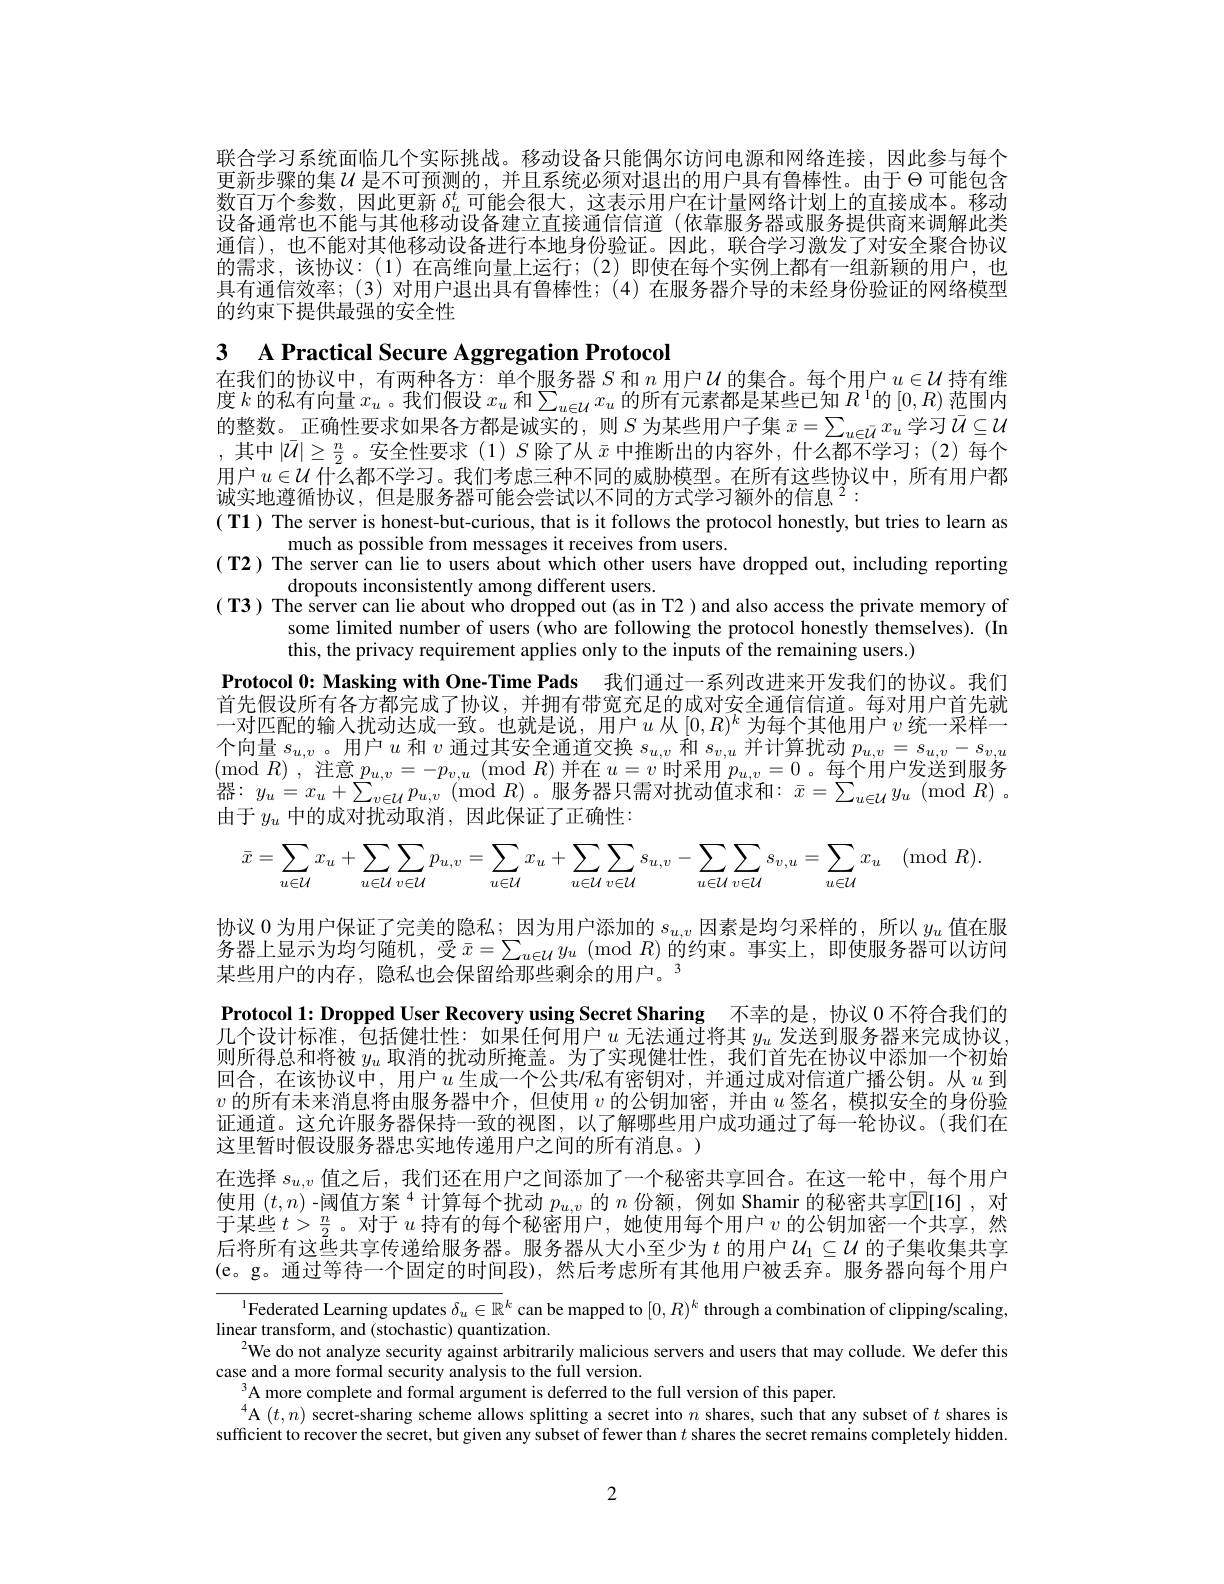
联合学习系统面临几个实际挑战。移动设备只能偶尔访问电源和网络连接，因此参与每个更新步骤的集$\mathcal{U}$是不可预测的，并且系统必须对退出的用户具有鲁棒性。由于$\Theta$可能包含数百万个参数，因此更新$\delta_u^t$可能会很大，这表示用户在计量网络计划上的直接成本。移动设备通常也不能与其他移动设备建立直接通信信道 (依靠服务器或服务提供商来调解此类通信),也不能对其他移动设备进行本地身份验证。因此，联合学习激发了对安全聚合协议的需求，该协议：(1)在高维向量上运行；(2)即使在每个实例上都有一组新颖的用户，也具有通信效率；(3)对用户退出具有鲁棒性；(4)在服务器介导的未经身份验证的网络模型的约束下提供最强的安全性

3 A Practical Secure Aggregation Protocol
在我们的协议中，有两种各方：单个服务器$S$和$n$用户$\mathcal{U}$的集合。每个用户$u\in\mathcal{U}$持有维

度 $k$ 的私有向量 $x_u$ 。我们假设 $x_u$ 和$\sum_u\in\mathcal{U}x_u$ 的所有元素都是某些已知 $R^1$的$\left[0,R\right)$范围内的整数。正确性要求如果各方都是诚实的，则$S$ 为某些用户子集 $\bar{x}=\sum_u\in\bar{\mathcal{U}}x_u$ 学习$\bar{\mathcal{U}}\subseteq\mathcal{U}$ ,其中$|\bar{\mathcal{U}}|\geq\frac n2$ 。安全性要求 (1)$S$除了从$\bar{x}$中推断出的内容外，什么都不学习；(2)每个用户$u\in\mathcal{U}$ 什么都不学习。我们考虑三种不同的威胁模型。在所有这些协议中，所有用户都诚实地遵循协议，但是服务器可能会尝试以不同的方式学习额外的信息$^2:$
( T1) The server is honest-but-curious, that is it follows the protocol honestly, but tries to learn as
much as possible from messages it receives from users.
$( \textbf{T2) The server can lie to users about which other users have dropped out, including reporting}$
dropouts inconsistently among different users.
( T3) The server can lie about who dropped out (as in T2 ) and also access the private memory of
some limited number of users (who are following the protocol honestly themselves). (In
this, the privacy requirement applies only to the inputs of the remaining users.)
Protocol 0: Masking with One-Time Pads 我们通过一系列改进来开发我们的协议。我们首先假设所有各方都完成了协议，并拥有带宽充足的成对安全通信信道。每对用户首先就一对匹配的输入扰动达成一致。也就是说，用户$u$ 从$[0,R)^k$ 为每个其他用户 $v$ 统一采样一个向量$s_u,v$。用户$u$和$v$通过其安全通道交换$s_u,v$和$s_v,u$并计算扰动$p_u,v=s_u,v-s_{v,u}$ (mod $R)$ , 注 意 $p_{u, v}= - p_{v, u}$ (mod $R)$并在$u=v$时采用$p_u,v=0$。每个用户发送到服务器：$y_u=x_u+\sum_{v\in\mathcal{U}}p_{u,v}\left(\mathrm{mod~}R\right)$。服务器只需对扰动值求和$:\bar{x}=\sum_{u\in\mathcal{U}}y_u\pmod{R}.$ 由于$y_u$中的成对扰动取消，因此保证了正确性：
$$\bar{x}=\sum_{u\in\mathcal{U}}x_u+\sum_{u\in\mathcal{U}}\sum_{v\in\mathcal{U}}p_{u,v}=\sum_{u\in\mathcal{U}}x_u+\sum_{u\in\mathcal{U}}\sum_{v\in\mathcal{U}}s_{u,v}-\sum_{u\in\mathcal{U}}\sum_{v\in\mathcal{U}}s_{v,u}=\sum_{u\in\mathcal{U}}x_u\pmod{R}.$$
协议0为用户保证了完美的隐私；因为用户添加的$s_u,v$因素是均匀采样的，所以$y_u$值在服务器上显示为均匀随机，受$\bar{x} = \sum _{u\in \mathcal{U} }y_u$ ( mod $R)$的约束。事实上，即使服务器可以访问某些用户的内存，隐私也会保留给那些剩余的用户。3
Protocol 1: Dropped User Recovery using Secret Sharing 不幸的是，协议0不符合我们的几个设计标准，包括健壮性：如果任何用户$u$无法通过将其$y_u$发送到服务器来完成协议， 则所得总和将被$y_u$取消的扰动所掩盖。为了实现健壮性，我们首先在协议中添加一个初始回合，在该协议中，用户$u$ 生成一个公共/私有密钥对，并通过成对信道广播公钥。从$u$ 到$v$的所有未来消息将由服务器中介，但使用$v$的公钥加密，并由$u$签名，模拟安全的身份验证通道。这允许服务器保持一致的视图，以了解哪些用户成功通过了每一轮协议。(我们在这里暂时假设服务器忠实地传递用户之间的所有消息。)
在选择$s_{u,v}$值之后，我们还在用户之间添加了一个秘密共享回合。在这一轮中，每个用户使用$(t,n)$ -阈值方案$^4$计算每个扰动$p_u,v$的$n$份额，例如 Shamir 的秘密共享$\mathbb{E}[16]$,对后将所有这些共享传递给服务器。服务器从大小至少为$t$ 的用户$U_1\subseteq\mathcal{U}$ 的子集收集共享(e。g。通过等待一个固定的时间段),然后考虑所有其他用户被丢弃。服务器向每个用户
$^{\text{l}}$Federated Learning updates $\delta_u\in\mathbb{R}^k$ can be mapped to $[0,R)^k$ through a combination of clipping/scaling,

linear transform, and (stochastic) quantization.
$^{2}$We do not analyze security against arbitrarily malicious servers and users that may collude. We defer this
case and a more formal security analysis to the full version.
$^3$A more complete and formal argument is deferred to the full version of this paper.
$^4$A $(t,n)$ secret-sharing scheme allows splitting a secret into $n$ shares, such that any subset of $t$ shares is sufficient to recover the secret, but given any subset of fewer than $t$ shares the secret remains completely hidden.

2